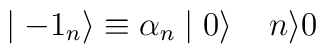
\mid -{1}_n \rangle \equiv {\alpha}_n \mid 0 \rangle \;\;\;\;n \rangle 0